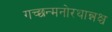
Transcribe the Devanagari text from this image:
गच्छन्मनोरथान्नश्च